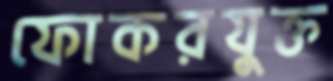
ফোকরযুক্ত